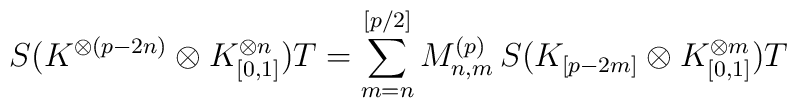
S \bigl( K^{\otimes(p-2n)} \otimes K_{[0,1]}^{\otimes n} \bigr) T  = \sum_{m=n}^{[p/2]} M^{(p)}_{n,m}   \, S \bigl( K_{[p-2m]} \otimes K_{[0,1]}^{\otimes m} \bigr) T